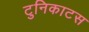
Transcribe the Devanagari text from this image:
टुनिकाटस